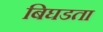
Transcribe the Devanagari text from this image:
बिघडता